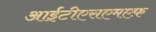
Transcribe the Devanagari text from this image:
आईटीएसएमएफ़